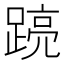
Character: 𮛽